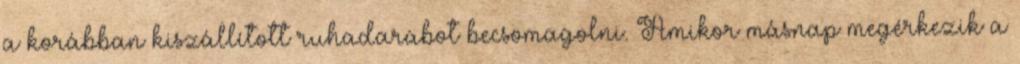
a korábban kiszállított ruhadarabot becsomagolni. Amikor másnap megérkezik a